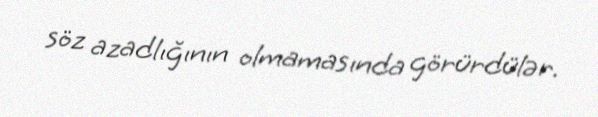
söz azadlığının olmamasında görürdülər.